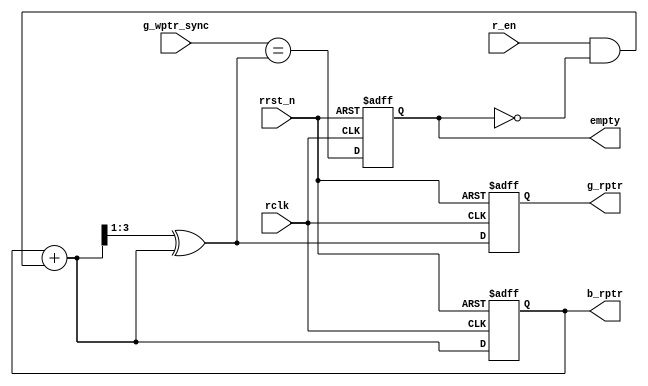
module rptr_handler #(parameter PTR_WIDTH=3) (
  input rclk, rrst_n, r_en,
  input [PTR_WIDTH:0] g_wptr_sync,
  output reg [PTR_WIDTH:0] b_rptr, g_rptr,
  output reg empty
);

  wire [PTR_WIDTH:0] b_rptr_next;
  wire [PTR_WIDTH:0] g_rptr_next;

  assign b_rptr_next = b_rptr + (r_en & !empty);
  assign g_rptr_next = (b_rptr_next >>1)^b_rptr_next;
  assign rempty = (g_wptr_sync == g_rptr_next);
  
  always@(posedge rclk or negedge rrst_n) begin
    if(!rrst_n) begin
      b_rptr <= 0;
      g_rptr <= 0;
    end
    else begin
      b_rptr <= b_rptr_next;
      g_rptr <= g_rptr_next;
    end
  end
  
  always@(posedge rclk or negedge rrst_n) begin
    if(!rrst_n) empty <= 1;
    else        empty <= rempty;
  end
endmodule